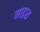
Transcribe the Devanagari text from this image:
माद्रस